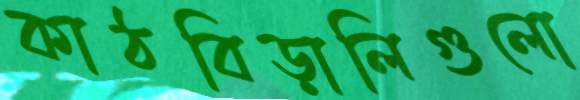
কাঠবিড়ালিগুলো